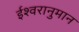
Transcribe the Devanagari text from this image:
ईश्वरानुमान